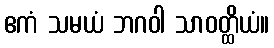
ဧကံ သမယံ ဘဂဝါ သာဝတ္ထိယံ။